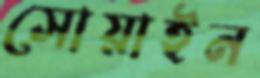
সোয়াইন